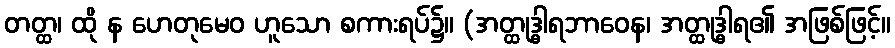
တတ္ထ၊ ထို န ဟေတုမေဝ ဟူသော စကားရပ်၌။ (အတ္ထုဒ္ဓါရဘာဝေန၊ အတ္ထုဒ္ဓါရ၏ အဖြစ်ဖြင့်။